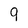
Character: 9